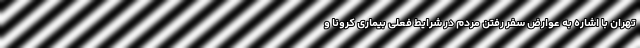
تهران با اشاره به عوارض سفر رفتن مردم در شرایط فعلی بیماری کرونا و